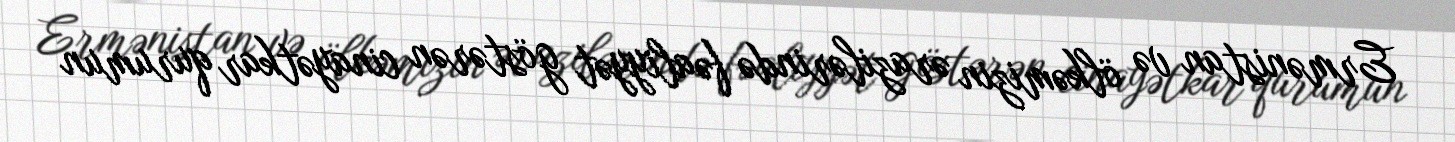
Ermənistan və ölkəmizin ərazilərində fəaliyyət göstərən cinayətkar qurumun